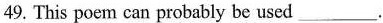
49. This poem can probably be used ___.